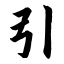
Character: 引